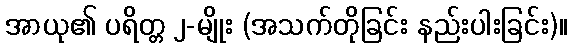
အာယု၏ ပရိတ္တ ၂-မျိုး (အသက်တိုခြင်း နည်းပါးခြင်း)။